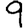
Digit: 9